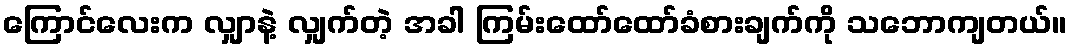
ကြောင်လေးက လျှာနဲ့ လျှက်တဲ့ အခါ ကြမ်းထော်ထော်ခံစားချက်ကို သဘောကျတယ်။